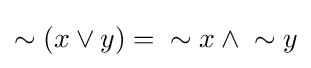
\sim (x\vee y)={}\sim x\wedge {}\sim y